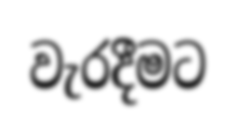
වැරදීමට